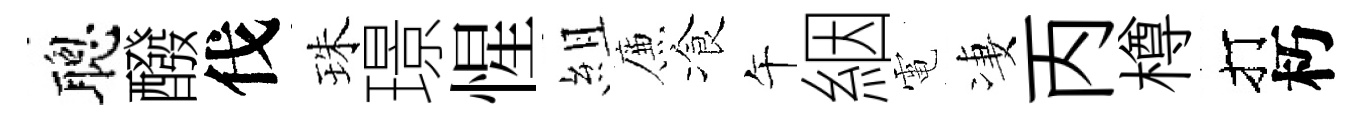
聰醱伐珠璟惺組簾飡午絪電凄丙樽打朽